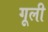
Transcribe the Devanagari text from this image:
गूली